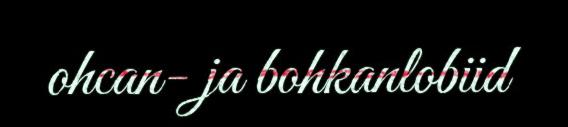
ohcan- ja bohkanlobiid